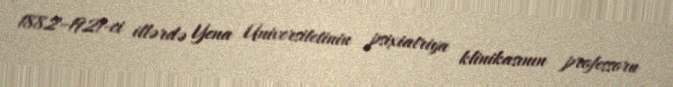
1882–1921-ci illərdə Yena Universitetinin psixiatriya klinikasının professoru